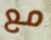
مع